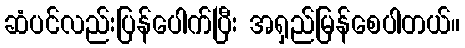
ဆံပင်လည်းပြန်ပေါက်ပြီး အရှည်မြန်စေပါတယ်။